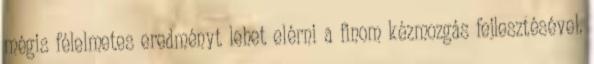
mégis félelmetes eredményt lehet elérni a finom kézmozgás fejlesztésével.